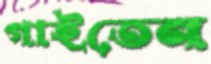
গাইতেন